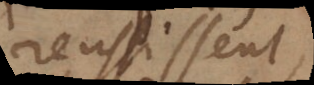
reussi ent